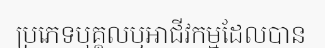
ប្រភេទបុគ្គលឬអាជីវកម្មដែលបាន